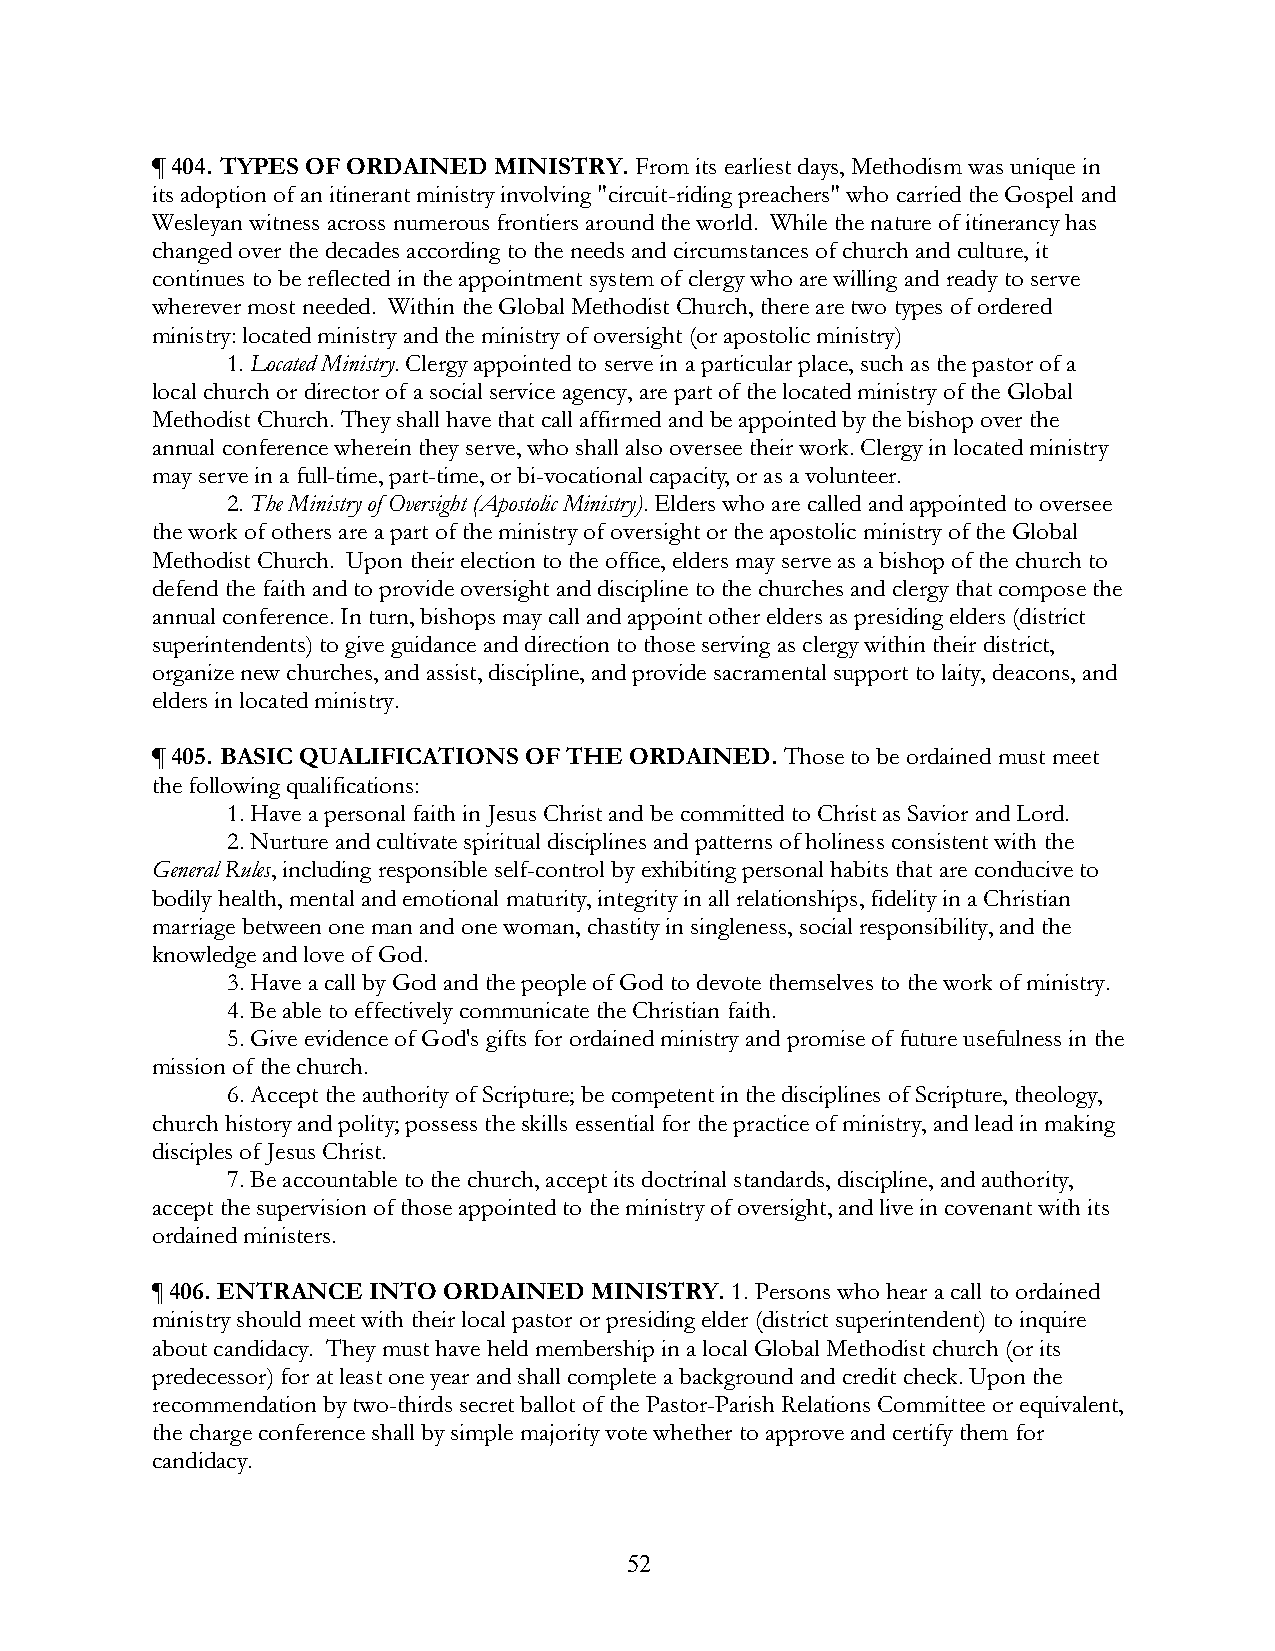
¶ 404. TYPES OF ORDAINED MINISTRY. From its earliest days, Methodism was unique in
 its adoption of an itinerant ministry involving "circuit-riding preachers" who carried the Gospel and
 Wesleyan witness across numerous frontiers around the world. While the nature of itinerancy has
 changed over the decades according to the needs and circumstances of church and culture, it
 continues to be reflected in the appointment system of clergy who are willing and ready to serve
 wherever most needed. Within the Global Methodist Church, there are two types of ordered
 ministry: located ministry and the ministry of oversight (or apostolic ministry)
 1. Located Ministry. Clergy appointed to serve in a particular place, such as the pastor of a
 local church or director of a social service agency, are part of the located ministry of the Global
 Methodist Church. They shall have that call affirmed and be appointed by the bishop over the
 annual conference wherein they serve, who shall also oversee their work. Clergy in located ministry
 may serve in a full-time, part-time, or bi-vocational capacity, or as a volunteer.
 2. The Ministry of Oversight (Apostolic Ministry). Elders who are called and appointed to oversee
 the work of others are a part of the ministry of oversight or the apostolic ministry of the Global
 Methodist Church. Upon their election to the office, elders may serve as a bishop of the church to
 defend the faith and to provide oversight and discipline to the churches and clergy that compose the
 annual conference. In turn, bishops may call and appoint other elders as presiding elders (district
 superintendents) to give guidance and direction to those serving as clergy within their district,
 organize new churches, and assist, discipline, and provide sacramental support to laity, deacons, and
 elders in located ministry.
 ¶ 405. BASIC QUALIFICATIONS OF THE ORDAINED. Those to be ordained must meet
 the following qualifications:
 1. Have a personal faith in Jesus Christ and be committed to Christ as Savior and Lord.
 2. Nurture and cultivate spiritual disciplines and patterns of holiness consistent with the
 General Rules, including responsible self-control by exhibiting personal habits that are conducive to
 bodily health, mental and emotional maturity, integrity in all relationships, fidelity in a Christian
 marriage between one man and one woman, chastity in singleness, social responsibility, and the
 knowledge and love of God.
 3. Have a call by God and the people of God to devote themselves to the work of ministry.
 4. Be able to effectively communicate the Christian faith.
 5. Give evidence of God's gifts for ordained ministry and promise of future usefulness in the
 mission of the church.
 6. Accept the authority of Scripture; be competent in the disciplines of Scripture, theology,
 church history and polity; possess the skills essential for the practice of ministry, and lead in making
 disciples of Jesus Christ.
 7. Be accountable to the church, accept its doctrinal standards, discipline, and authority,
 accept the supervision of those appointed to the ministry of oversight, and live in covenant with its
 ordained ministers.
 ¶ 406. ENTRANCE INTO ORDAINED MINISTRY. 1. Persons who hear a call to ordained
 ministry should meet with their local pastor or presiding elder (district superintendent) to inquire
 about candidacy. They must have held membership in a local Global Methodist church (or its
 predecessor) for at least one year and shall complete a background and credit check. Upon the
 recommendation by two-thirds secret ballot of the Pastor-Parish Relations Committee or equivalent,
 the charge conference shall by simple majority vote whether to approve and certify them for
 candidacy.
 52